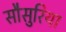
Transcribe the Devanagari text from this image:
सौसुरिया